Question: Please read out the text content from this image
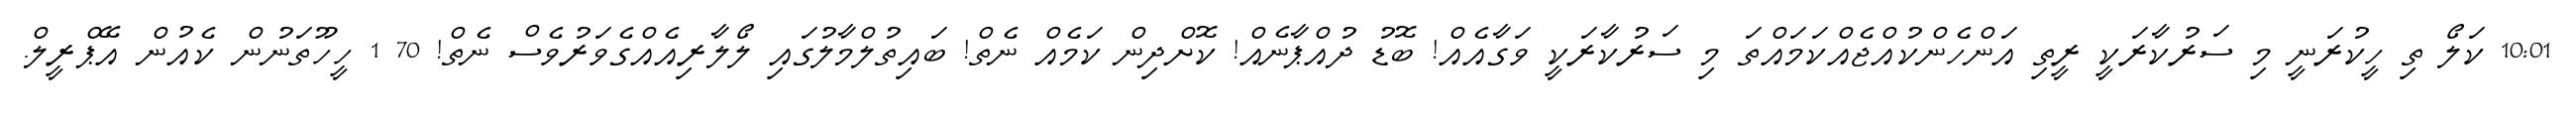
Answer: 10:01 ކަލޯ ތި ހީކުރަނީ މި ސަރުކާރަކީ ރީތި އަންހެންކުއްޖެއްކަމައްތަ މި ސަރުކާރަކީ ވަގާއެއް! ބޮޑު ދުއްޕާނެއް! ކޮށްދިން ކަމެއް ނެތް! ބައިތުލްމާލުގައި ލޯލާރިއެއްގެވަރުވެސް ނެތް! 70 1 ހީހޫތަނުން ކެއުން އޭޕްރީލް.